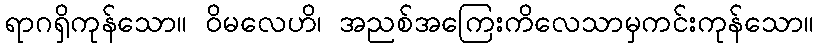
ရာဂရှိကုန်သော။ ဝိမလေဟိ၊ အညစ်အကြေးကိလေသာမှကင်းကုန်သော။